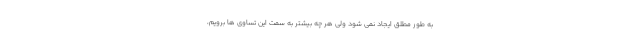
به طور مطلق ایجاد نمی شود ولی هر چه بیشتر به سمت این تساوی ها برویم،